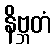
နိဗ္ဘတံ